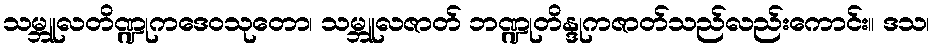
သမ္ဘူလတိဏ္ဍုကဒေဝသုတော၊ သမ္ဘူလဇာတ် ဘဏ္ဍုတိန္ဒုကဇာတ်သည်လည်းကောင်း။ ဒသ၊